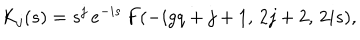
LaTeX: K _ { j } ( s ) = s ^ { j } \, e ^ { - i s } \, F ( - i g q + j + 1 , \, 2 j + 2 , \, 2 i s ) ,